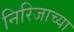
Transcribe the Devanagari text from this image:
निरिजाच्या